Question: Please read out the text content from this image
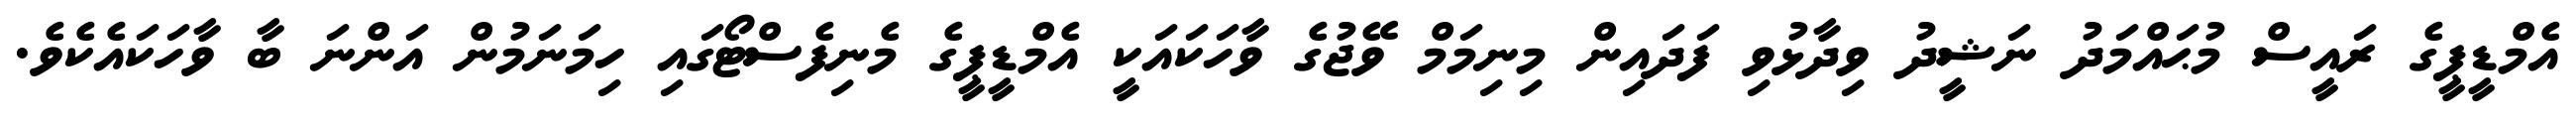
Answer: އެމްޑީޕީގެ ރައީސް މުޙައްމަދު ނަޝީދު ވިދާޅުވި ފަދައިން މިނިމަމް ވޭޖުގެ ވާހަކައަކީ އެމްޑީޕީގެ މެނިފެސްޓޯގައި ހިމަނަމުން އަންނަ ބާ ވާހަކައެކެވެ.